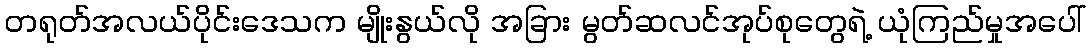
တရုတ်အလယ်ပိုင်းဒေသက မျိုးနွယ်လို အခြား မွတ်ဆလင်အုပ်စုတွေရဲ့ ယုံကြည်မှုအပေါ်